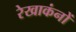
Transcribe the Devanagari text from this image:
रेखाकंनों